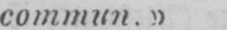
commun.»